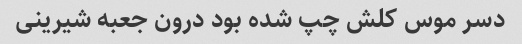
دسر موس کلش چپ شده بود درون جعبه شیرینی